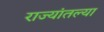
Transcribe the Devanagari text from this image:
राज्यांतल्या